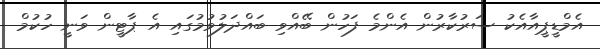
އެމްޑީޕީއާއެކު ސަރުކާރުން އެންމެ ފަހުން ބޭއްވި ބައްދަލުވުމުގައި އެ ޕާޓީން ވަނީ ހުކުމް